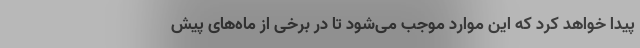
پیدا خواهد کرد که این موارد موجب می‌شود تا در برخی از ماه‌های پیش